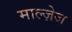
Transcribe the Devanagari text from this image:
माल्ज़ेज